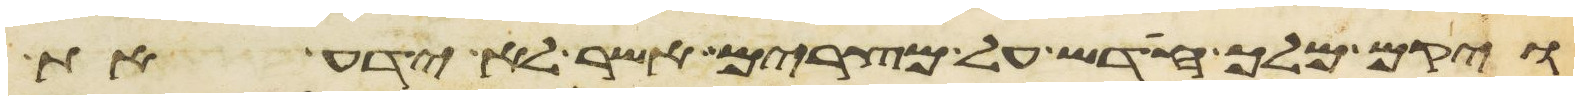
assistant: ויקם מלך חדש על מצרים אשר לא ידע את